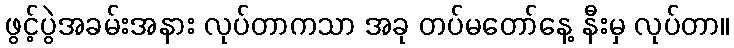
ဖွင့်ပွဲအခမ်းအနား လုပ်တာကသာ အခု တပ်မတော်နေ့ နီးမှ လုပ်တာ။